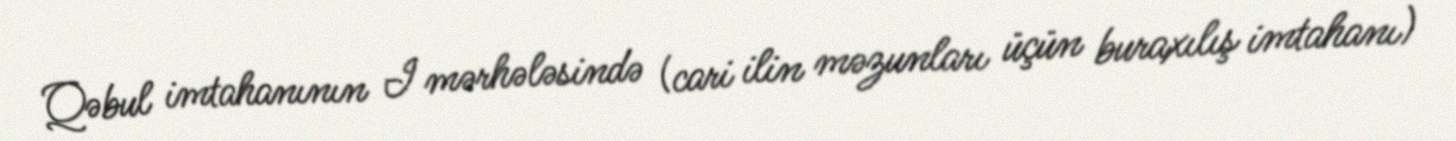
Qəbul imtahanının I mərhələsində (cari ilin məzunları üçün buraxılış imtahanı)